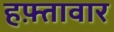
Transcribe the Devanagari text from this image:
हफ़्तावार